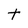
Character: t